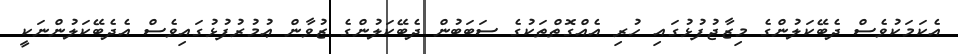
އެކަމަކުވެސް ދެބޭކަލުންގެ މިޒާޖުފުޅުގައި ހުރި އެއްގޮތްތަކުގެ ސަބަބުން ދެބޭކަލުންގެ ޒުވާން ޢުމުރުފުޅުގައިވެސް އެދެބޭކަލުންނަކީ